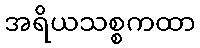
အရိယသစ္စကထာ